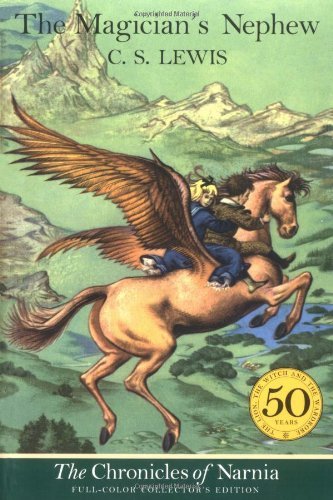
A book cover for The Magician's Nephew (Full-Color Collector's Edition); C. S. Lewis; Christian Books & Bibles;